画像に写った文字を読んでください
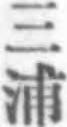
「三浦」と書いてあります